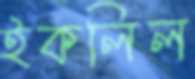
ইকলিল